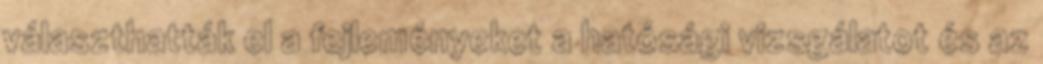
választhatták el a fejleményeket a hatósági vizsgálatot és az